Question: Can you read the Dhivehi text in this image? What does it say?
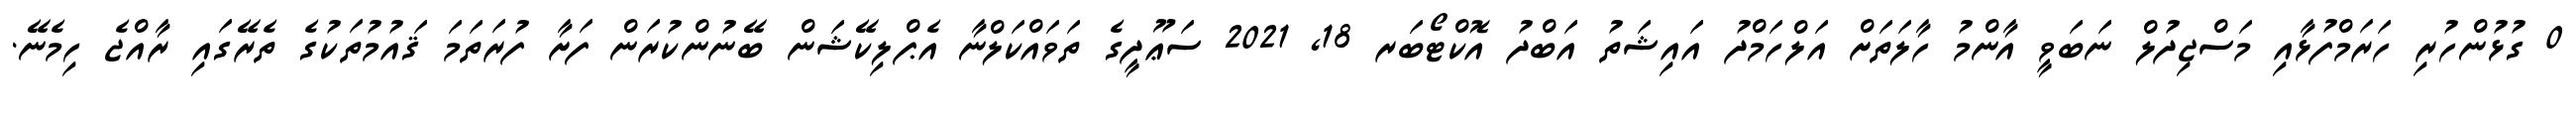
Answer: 0 ގުޅުންހުރި ހަރަމްފުޅާއި މަސްޖިދުލް ނަބަވީ އާންމު ހާލަތަށް އަލްހަމްދު އައިޝަތު އަބްދު އޮކްޓޯބަރ 18, 2021 ސަޢޫދީގެ ތަވައްކަލްނާ އެޕްލިކޭޝަން ބޭނުންކުރަން ފަށާ ފުރަތަމަ ޤައުމުތަކުގެ ތެރޭގައި ރާއްޖެ ހިމެނޭ.